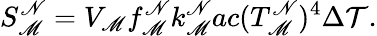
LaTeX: S_{\mathscr{M}}^{\mathscr{N}}=V_{\mathscr{M}}f_{\mathscr{M}}^{\mathscr{N}}k_{\mathscr{M}}^{\mathscr{N}}ac(T_{\mathscr{M}}^{\mathscr{N}})^{4}\Delta\mathcal{T}.